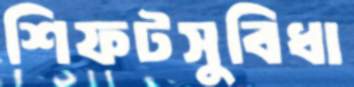
শিফটসুবিধা